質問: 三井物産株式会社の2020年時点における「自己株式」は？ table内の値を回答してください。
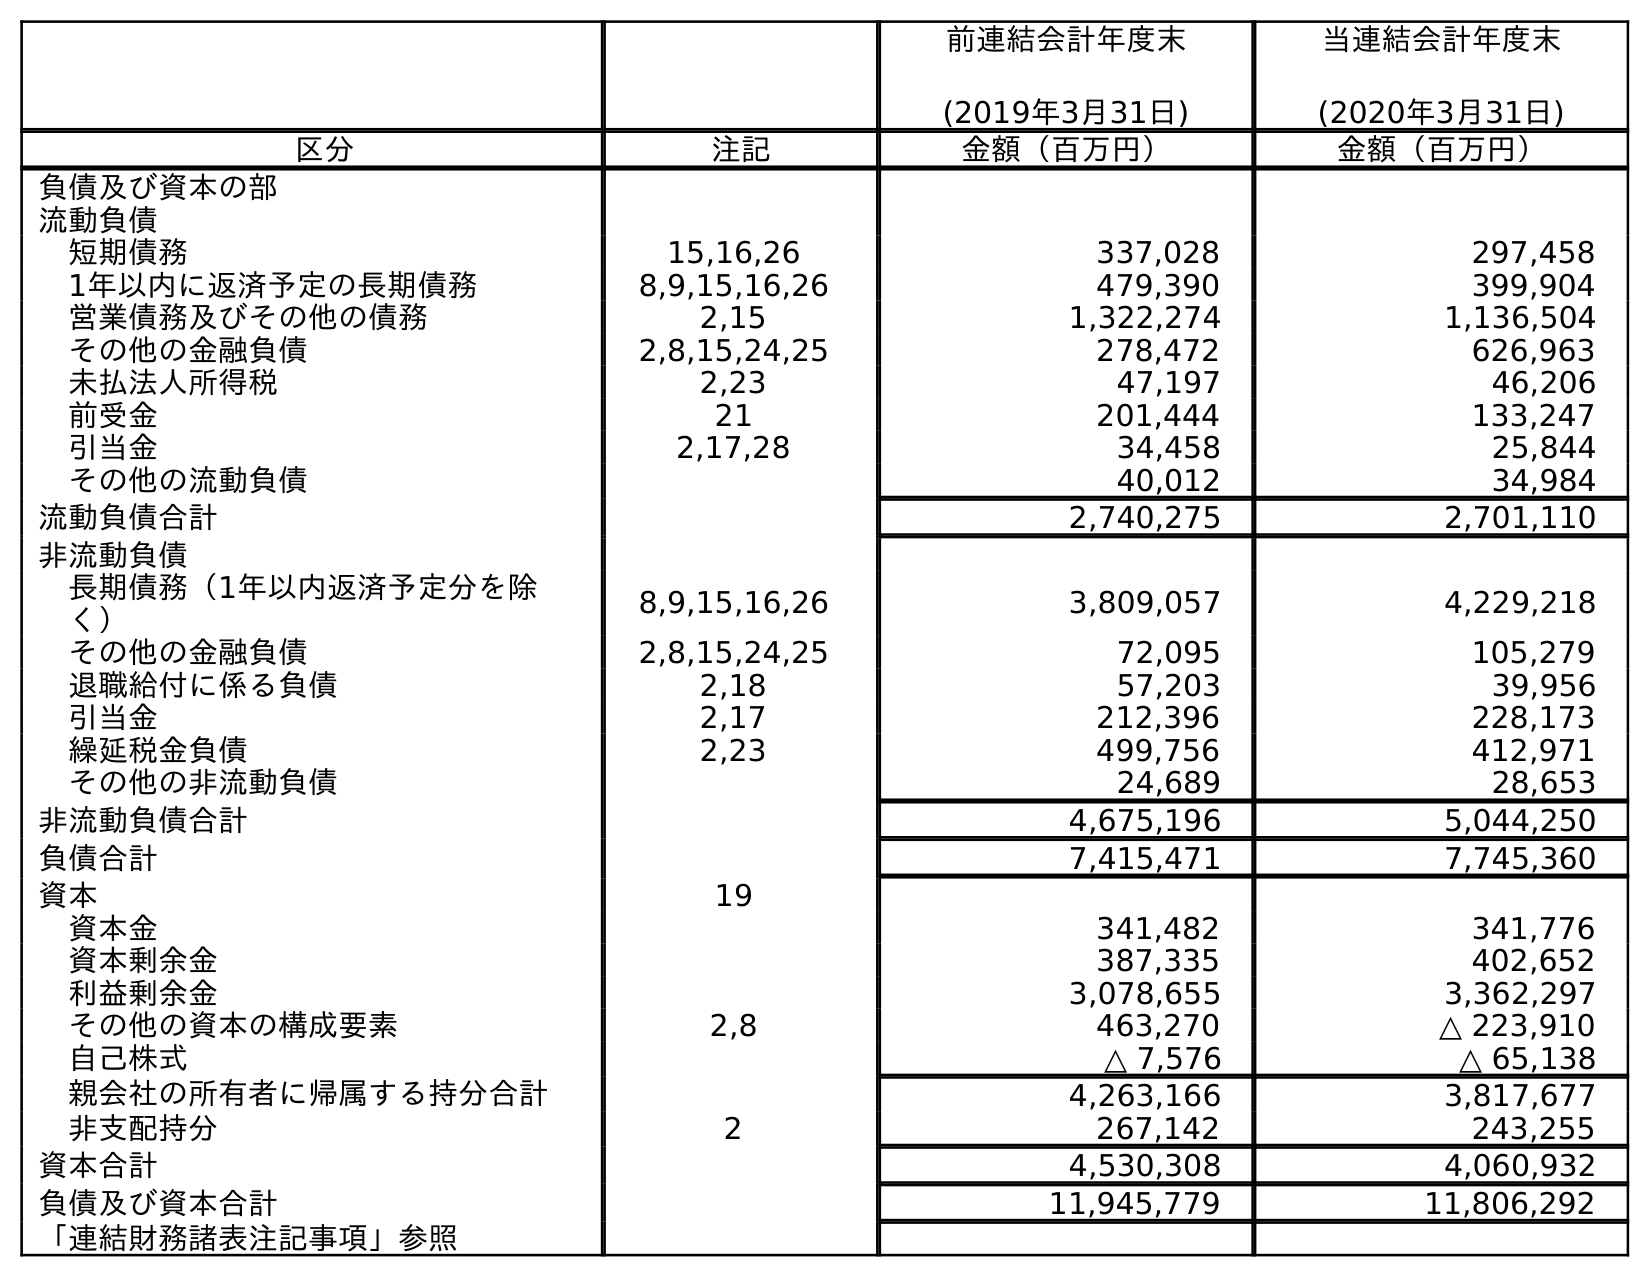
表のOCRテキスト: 前連結会計年度末 (2019年3月31日) 当連結会計年度末 (2020年3月31日) 区分 注記 金額（百万円） 金額（百万円） 負債及び資本の部 流動負債 短期債務 15,16,26 337,028 297,458 1年以内に返済予定の長期債務 8,9,15,16,26 479,390 399,904 営業債務及びその他の債務 2,15 1,322,274 1,136,504 その他の金融負債 2,8,15,24,25 278,472 626,963 未払法人所得税 2,23 47,197 46,206 前受金 21 201,444 133,247 引当金 2,17,28 34,458 25,844 その他の流動負債 40,012 34,984 流動負債合計 2,740,275 2,701,110 非流動負債 長期債務（1年以内返済予定分を除 く） 8,9,15,16,26 3,809,057 4,229,218 その他の金融負債 2,8,15,24,25 72,095 105,279 退職給付に係る負債 2,18 57,203 39,956 引当金 2,17 212,396 228,173 繰延税金負債 2,23 499,756 412,971 その他の非流動負債 24,689 28,653 非流動負債合計 4,675,196 5,044,250 負債合計 7,415,471 7,745,360 資本 19 資本金 341,482 341,776 資本剰余金 387,335 402,652 利益剰余金 3,078,655 3,362,297 その他の資本の構成要素 2,8 463,270 △ 223,910 自己株式 △ 7,576 △ 65,138 親会社の所有者に帰属する持分合計 4,263,166 3,817,677 非支配持分 2 267,142 243,255 資本合計 4,530,308 4,060,932 負債及び資本合計 11,945,779 11,806,292 「連結財務諸表注記事項」参照
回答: △65,138